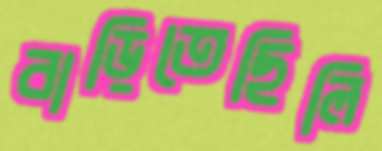
বাড়িতেছিলি